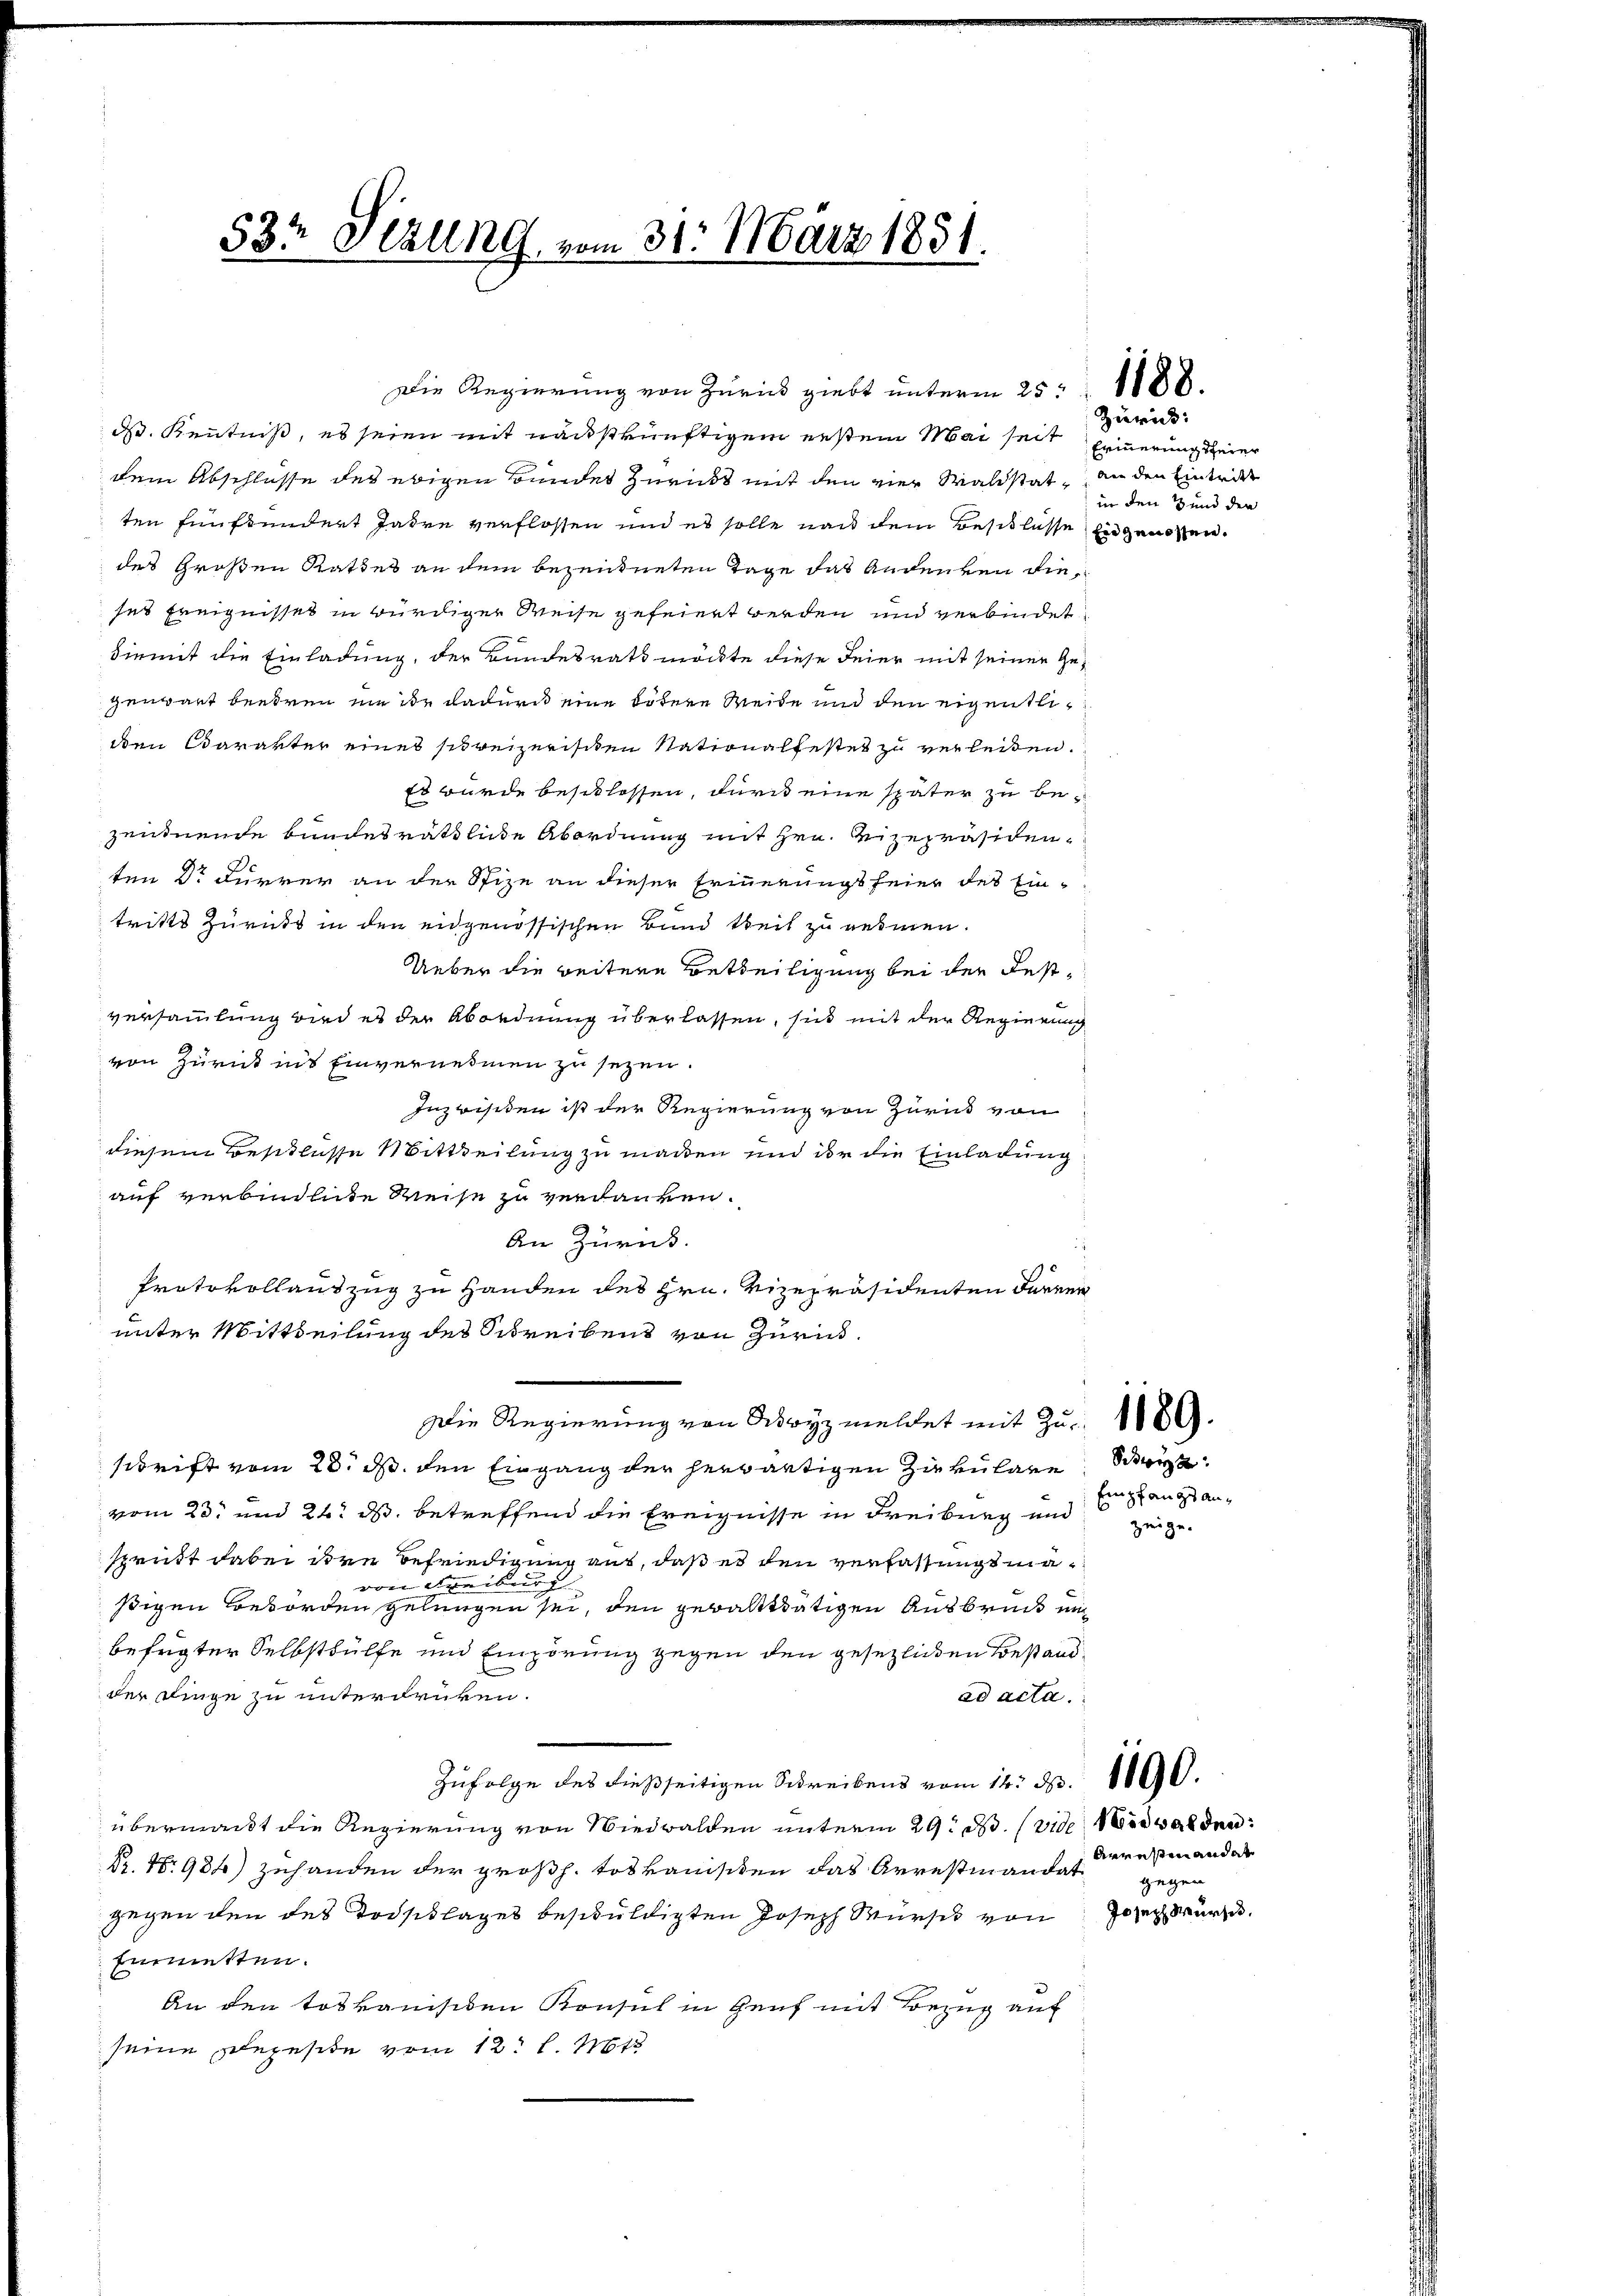
53t Sizung, vom 31. März 1851.

Die Regierung von Zurück giebt unterm 25.
d. Kenntniß, es seien mit nachstkünftigem ersten Mai seit Erinnerung derer
dem Abschlüsse des ebigen Bundes Zurückt mit den vier Waldstat, an den Enderd
ten fünfhundert Jahre verflossen und es solle nach dem Besitlüsse Eidgenossen.
des Großen Rathes an dem bezeichneten Tage das Andeuren dieses Ereignisses in würdiger Weise gefeiert werden und verbindet
hiemit die Einladung, der Bundesrath möchte diese Feier mit seinen Gegenwart beedren nie ihr dadurch eine bötere Weibe und den eigentlidden Carakter eines schreizerischen Nationalfestet zu verleiten.
Es wurde beschlossen, durch eine später zu bezeudnende bundesräthliche Abordnung mit Hrn. Vizepräsidenten Dr Furrer an der Stize an dieser Erinnerungsfeier des Eintritts Zurücks in den eidgenössischen Bund theil zu nehmen.
Ueber die weitene Betheiligung bei der Festversammlung wird es der Abordnung überlassen, sich mit der Regierung
von Zurück ins Einvernehmen zu sezen.
Inzwischen ist der Regierung von Zurück von
diesem Beschlusse Mittheilung zu machen und der die Einladung
auf verbindliche Reise zu verdanken.
An Zurück.
Protokollauszug zu Handen des Hrn. Vizepräsidenten darner
unter Mittheilung des Schreibens von Zurück¬
Die Regierung von Adryzmeldet mit Zu- 1889.
schrift vom 28. d. den Eingang der herwärtigen Zirkulare
vom 23. und 24. ds. betreffend die Ereignisse in Freiburg und Stangsan¬
Spritt dabei ihre Befriedigung aus, daß es den verfassung mavon Freiburg
sigen Beworden gelungen sei, den gewaltthätigen Ausbruck un
befugter Selbsthülfe und Einzörung gegen den gesezlichen Bestandder Dinge zu unterdrüken.
ad acta.
Zufolge des dießseitigen Schreibens vom 14. d. 1890.
übermant die Regierung von Wiedwalden unterm 29t M. (vide Nidwalden:
kr. No 934) Zuhanden der großh. toskanisiten das Arrestiandat
gegen den des Todschlages beschuldigten Joseph Wursch von Joseph Wür
finnetten.
An den toskanisiten Konsul in Genf mit Bezug auf
seine Befeste vom 12. l. 1813.

1188.

Zurück:
in den 3 und den

Schweiz.
zeige.

Arrestin andat
gegen